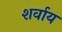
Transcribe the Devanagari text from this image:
शर्वाय